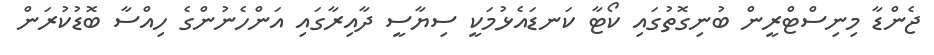
ޖެންޑާ މިނިސްޓްރީން ބުނިގޮތުގައި ކޯޓާ ކަނޑައެޅުމަކީ ސިޔާސީ ދާއިރާގައި އަންހެނުންގެ ހިއްސާ ބޮޑުކުރަން